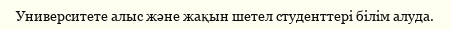
Университете алыс және жақын шетел студенттері білім алуда.